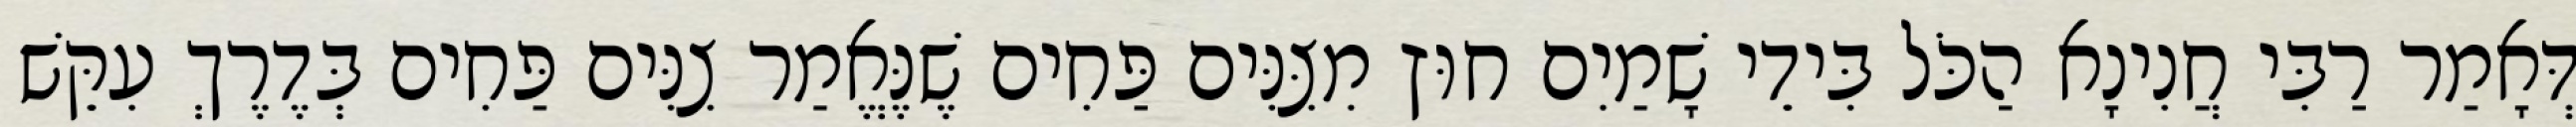
דְּאָמַר רַבִּי חֲנִינָא הַכֹּל בִּידֵי שָׁמַיִם חוּץ מִצִּנִּים פַּחִים שֶׁנֶּאֱמַר צִנִּים פַּחִים בְּדֶרֶךְ עִקֵּשׁ